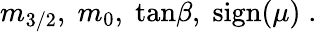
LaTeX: m_{3/2},\; m_{0},\; \mathrm{tan}\beta,\; \mathrm{sign}(\mu)\; .